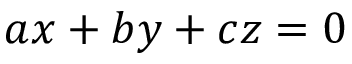
a x + b y + c z = 0